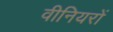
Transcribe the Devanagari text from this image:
वीनियरों